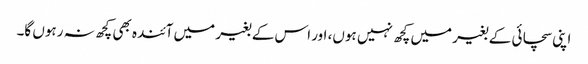
اپنی سچائی کے بغیر میں کچھ نہیں ہوں، اور اس کے بغیر میں آئندہ بھی کچھ نہ رہوں گا۔